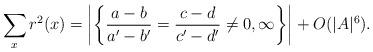
LaTeX: \begin{align*} \sum_x r^2(x) = \left|\left\{\frac{a-b}{a'-b'}=\frac{c-d}{c'-d'}\not=0,\infty\right\}\right| + O(|A|^6). \end{align*}